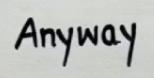
Anyway